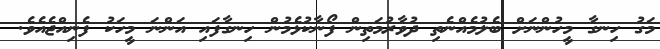
މަގު ހިނގާ މީހުންނަށް ބެލުމެއްނެތި ދުވާރުމަތިން ފޯނާކުޅެމުން ހިނގާފައި އަންނަ މީހަކު ފެނިއްޖެއެވެ.